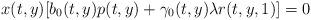
LaTeX: \begin{align*} x(t,y) [b_0(t,y)p(t,y) + \gamma_0(t,y)\lambda r(t,y,1)]=0 \end{align*}